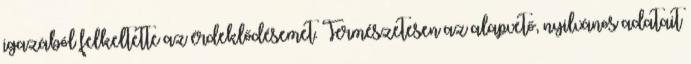
igazából felkeltette az érdeklődésemet. Természetesen az alapvető, nyilvános adatait